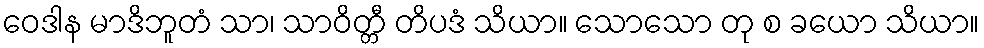
ဝေဒါန မာဒိဘူတံ သာ၊ သာဝိတ္တီ တိပဒံ သိယာ။ သောသော တု စ ခယော သိယာ။